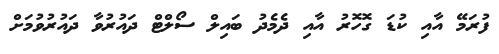
ފުރަމޭ އާއި ކުޑަ ގޮހޮރު އާއި ދެމެދު ބައިލް ސޯލްޓް ދައުރުވާ ދައުރުވުމަށް